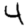
Digit: 4